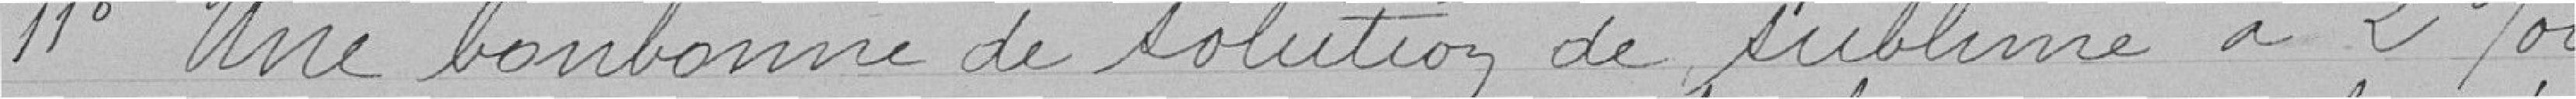
11° Une bonbonne de solution de sublime à 2%